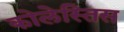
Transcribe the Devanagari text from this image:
कोलेस्तिस